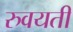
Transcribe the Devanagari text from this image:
रुवयती